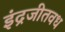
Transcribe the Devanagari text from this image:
इंद्रजीतवध